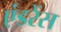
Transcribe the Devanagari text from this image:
एंडरेंस